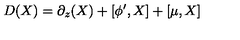
D ( X ) = \partial _ { z } ( X ) + [ \phi ^ { \prime } , X ] + [ \mu , X ] \nonumber